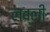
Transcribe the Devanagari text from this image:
लव्ली